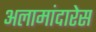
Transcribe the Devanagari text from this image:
अलामांदारेस